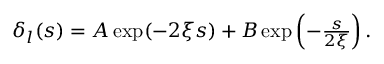
\begin{array} { r } { \delta _ { l } ( s ) = A \exp ( - 2 \xi s ) + B \exp \left( - \frac { s } { 2 \xi } \right) . } \end{array}